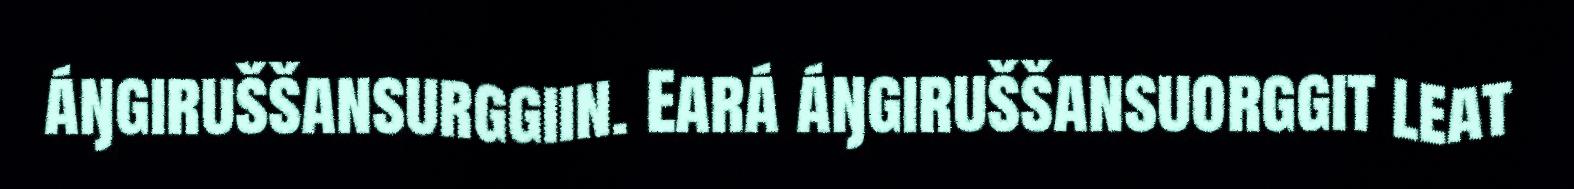
áŋgiruššansurggiin. Eará áŋgiruššansuorggit leat